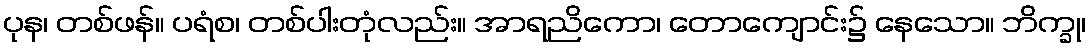
ပုန၊ တစ်ဖန်။ ပရံစ၊ တစ်ပါးတုံလည်း။ အာရညိကော၊ တောကျောင်း၌ နေသော။ ဘိက္ခု၊